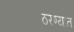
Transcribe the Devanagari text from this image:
ठरण्यात